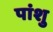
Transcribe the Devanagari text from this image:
पांशु